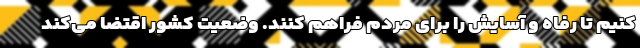
کنیم تا رفاه و آسایش را برای مردم فراهم کنند. وضعیت کشور اقتضا می‌کند